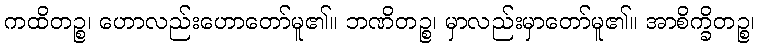
ကထိတဉ္စ၊ ဟောလည်းဟောတော်မူ၏။ ဘဏိတဉ္စ၊ မှာလည်းမှာတော်မူ၏။ အာစိက္ခိတဉ္စ၊